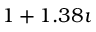
1 + 1 . 3 8 \i